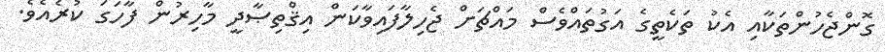
ގޮންޖެހުންތަކާއި އެކު ތަކެތީގެ އަގުތައްވެސް މައްޗަށް ޖެހިލާފައިވާކަން އިޤްތިޞާދީ މާހިރުން ފާހަގަ ކުރެއެވެ.